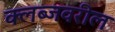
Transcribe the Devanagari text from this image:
क्लब्जवरील